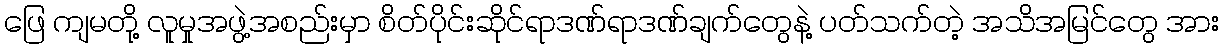
ဖြေ ကျမတို့ လူမှုအဖွဲ့အစည်းမှာ စိတ်ပိုင်းဆိုင်ရာဒဏ်ရာဒဏ်ချက်တွေနဲ့ ပတ်သက်တဲ့ အသိအမြင်တွေ အား